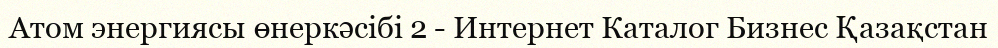
Атом энергиясы өнеркәсібі 2 - Интернет Каталог Бизнес Қазақстан